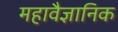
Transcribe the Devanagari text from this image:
महावैज्ञानिक